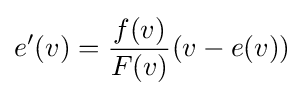
{e}'(v)={\frac {f(v)}{F(v)}}(v-e(v))